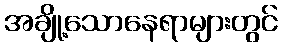
အချို့သောနေရာများတွင်